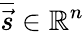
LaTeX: \overline{{\vec{s}}}\in\mathbb R^{n}